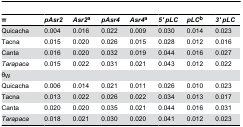
| π | pAsr2 | Asr2a | pAsr4 | Asr4a | 5' pLC | pLCb | 3' pLC |
 | --- | --- | --- | --- | --- | --- | --- | --- |
 | Quicacha | 0.004 | 0.016 | 0.022 | 0.009 | 0.030 | 0.014 | 0.023 |
 | Tacna | 0.015 | 0.020 | 0.026 | 0.015 | 0.028 | 0.012 | 0.016 |
 | Canta | 0.016 | 0.020 | 0.032 | 0.019 | 0.044 | 0.016 | 0.027 |
 | Tarapaca | 0.015 | 0.022 | 0.031 | 0.021 | 0.043 | 0.012 | 0.022 |
 | θW |  |  |  |  |  |  |  |
 | Quicacha | 0.006 | 0.014 | 0.021 | 0.011 | 0.026 | 0.010 | 0.023 |
 | Tacna | 0.013 | 0.022 | 0.026 | 0.022 | 0.034 | 0.013 | 0.017 |
 | Canta | 0.020 | 0.020 | 0.035 | 0.021 | 0.044 | 0.016 | 0.031 |
 | Tarapaca | 0.018 | 0.021 | 0.030 | 0.020 | 0.041 | 0.012 | 0.023 |